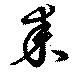
耒